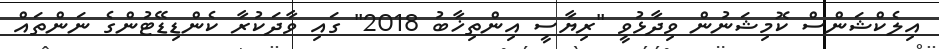
އިލެކްޝަންސް ކޮމިޝަނުން ވިދާޅުވީ "ރިޔާސީ އިންތިޚާބު 2018" ގައި ވާދަކުރާ ކެންޑިޑޭޓުންގެ ނަންތައް